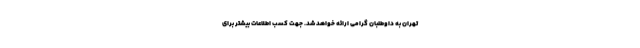
تهران به داوطلبان گرامی ارائه خواهد شد. جهت کسب اطلاعات بیشتر برای